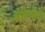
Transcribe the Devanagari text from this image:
अलेन्डेल